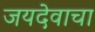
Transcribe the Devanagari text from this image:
जयदेवाचा